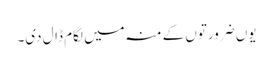
یوں ضرورتوں کے منہ میں لگام ڈال دی۔